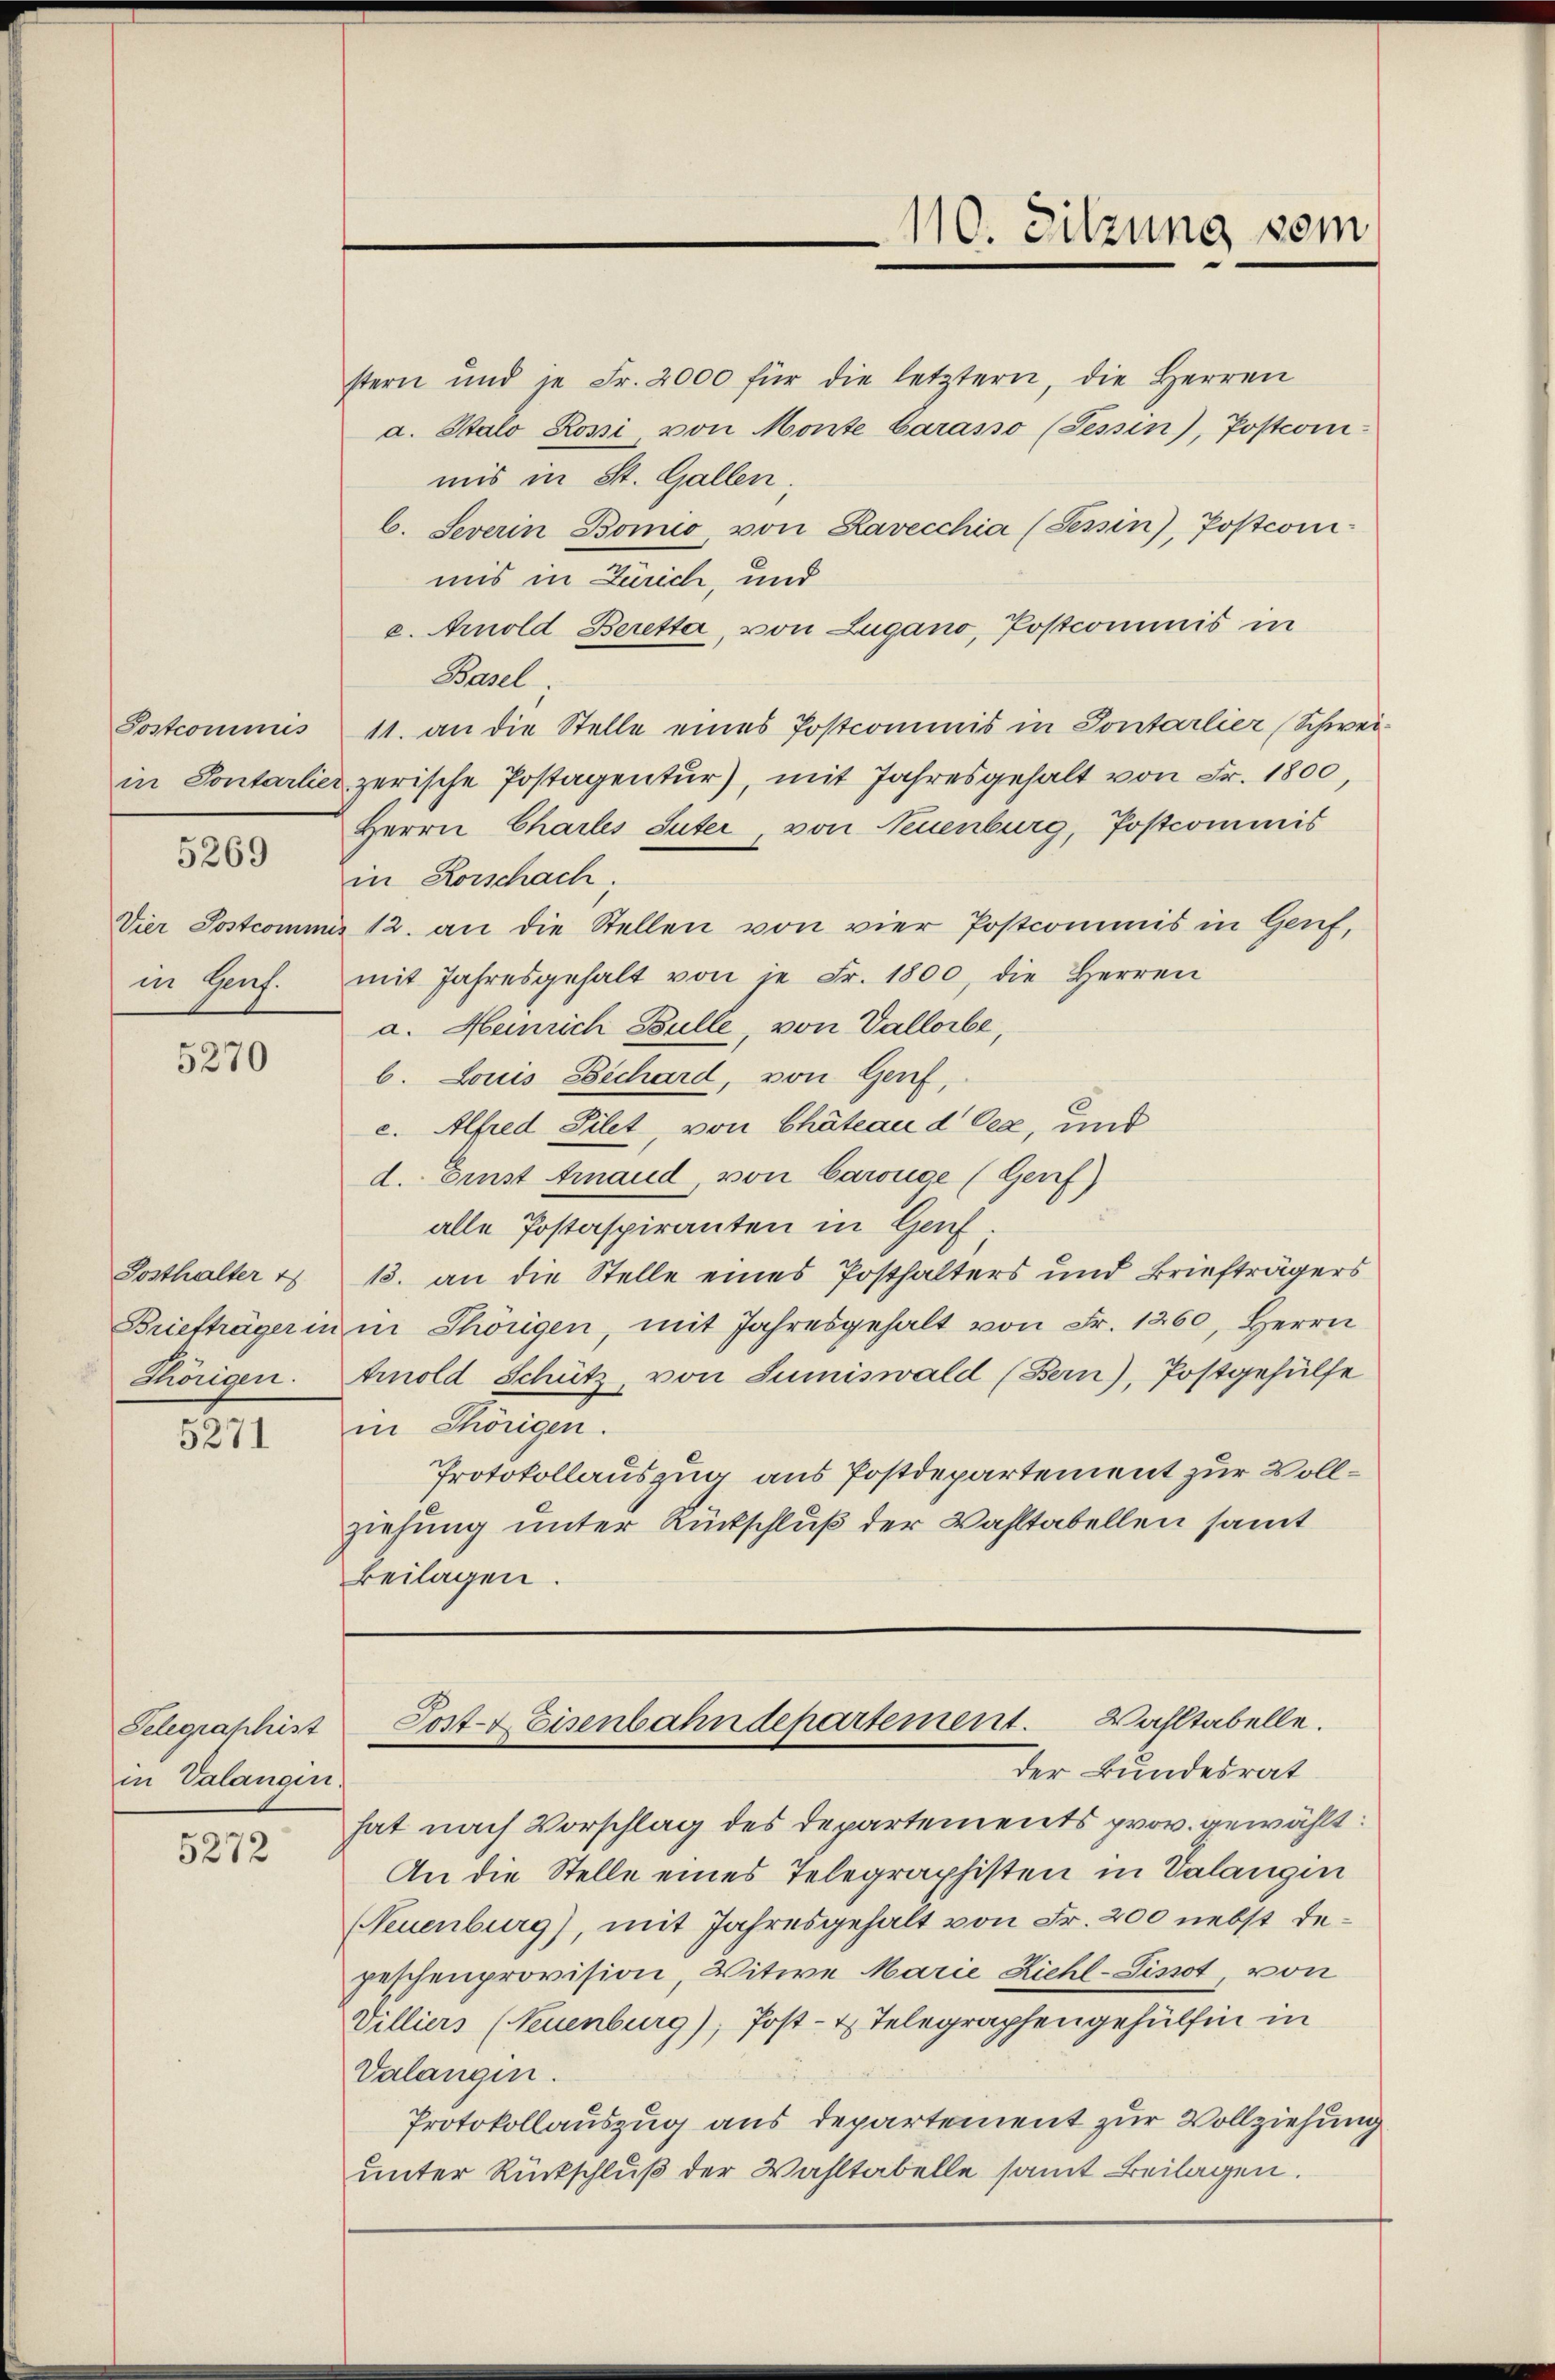
Sostcommis

5269

in Genf.

5270

Sosthalter
Thörigen.

5271

Telegraphist
in Valangin.

5272

stern und je Fr. 2000 für die letztern, die Herren
a. Stalo Rossi, von Monte Carasso (Tessin), Postcomi-
mis in St. Gallen,
b. Severin Bonio, von Ravecchia (Tessin), Postconi-
mis in Zürich, und
c. Arnold Beretta, von Lugano, Postcommis in
Basel;
11. an die Stelle eines Postcommis in Sontarlier (Schweiin Sontarlier zerische Postagentŭr), mit Jahresgehalt von Fr. 1800,
Herrn Chartes Suter, von Neuenburg, Postcommis
in Rorschach
Vier Postcomma 12. an die Stellen von vier Postcommis in Genf,
mit Jahresgehalt von je Fr. 1800, die Herren
a. Heinrich Bulle, von Vallorbe,
b. Louis Bechard, von Genf,
c. Alfred Silet, von Chateau d Oea, und
d. Einst Finand, von Carouge (Genf)
alle Postaspiranten in Genf
13. an die Stelle eines Posthalters und Briefträgers
Briefträger in in Thörigen, mit Jahresgehalt von Fr. 1260, Herrn
Arnold Schütz, von Sumiswald (Bern), Postgehülfe
in Thörigen.
Protokollauszug aus Postdepartement zur Vollziehung unter Rückschluß der Wahltabellen samt
Beilagen.

110. Sitzung vom

Post- & Eisenbahndepartement. Wahltabelle.
der Bundesrat

hat nach Vorschlag des Departements prov. gewählt:
An die Stelle eines Telegraphisten in Valangen
Neuenburg), mit Jahresgehalt von Fr. 200 nebst depeschenprovision, Witwe Marie Ziehl-Lissot, von
Villiers (Neuenburg), Post- & Telegraphengehülfen in
Valangen.
Protokollauszug aus departement zur Vollziehung
unter Rückschluß der Wahltabelle samt Beilagen.